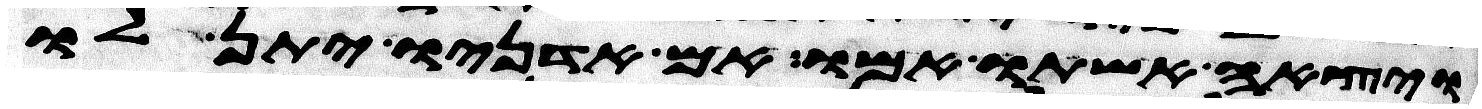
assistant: ויצאה אשתו עמו אם אדניו יתן לו